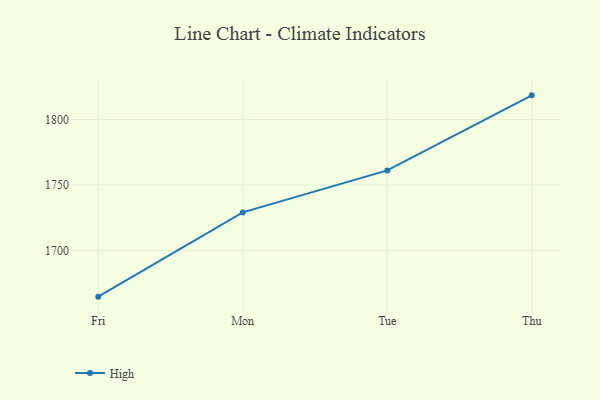
{"axis": {"x": "Day", "y": "Market Share (%)"}, "legend": ["High"], "data": [{"x": "Fri", "y": 1664.8, "type": "High"}, {"x": "Mon", "y": 1729.1, "type": "High"}, {"x": "Tue", "y": 1761.1, "type": "High"}, {"x": "Thu", "y": 1818.4, "type": "High"}]}